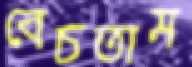
বেচতাম